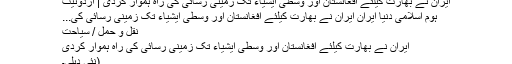
ایران نے بھارت کیلئے افغانستان اور وسطی ایشیاء تک زمینی رسائی کی راہ ہموار کردی | اُردونیٹ
ہوم اسلامی دنیا ایران ایران نے بھارت کیلئے افغانستان اور وسطی ایشیاء تک زمینی رسائی کی...
نقل و حمل / سیاحت
ایران نے بھارت کیلئے افغانستان اور وسطی ایشیاء تک زمینی رسائی کی راہ ہموار کردی
(نئی دہلی۔